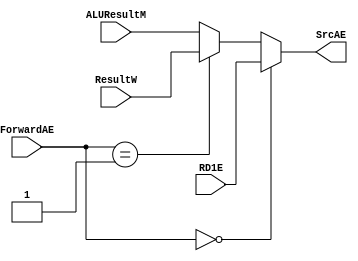
module mux_SrcAE(input [31:0] RD1E, ResultW, ALUResultM,input [1:0] ForwardAE, output [31:0] SrcAE);
    assign SrcAE = (ForwardAE==2'b00) ? RD1E : (ForwardAE==2'b01) ? ResultW : ALUResultM;
endmodule